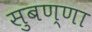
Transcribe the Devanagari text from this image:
सुबण्णा